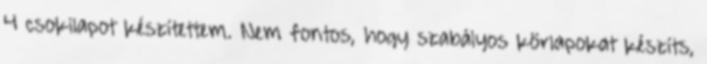
4 csokilapot készítettem. Nem fontos, hogy szabályos körlapokat készíts,